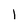
Character: l